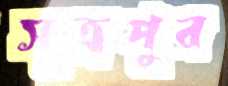
সূত্রপুর